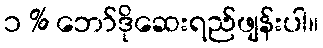
၁ % ဘော်ဒိုဆေးရည်ဖျန်းပါ။